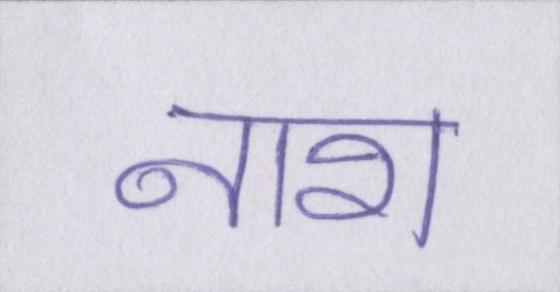
नाश